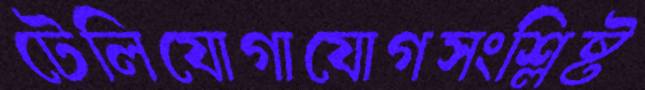
টেলিযোগাযোগসংশ্লিষ্ট